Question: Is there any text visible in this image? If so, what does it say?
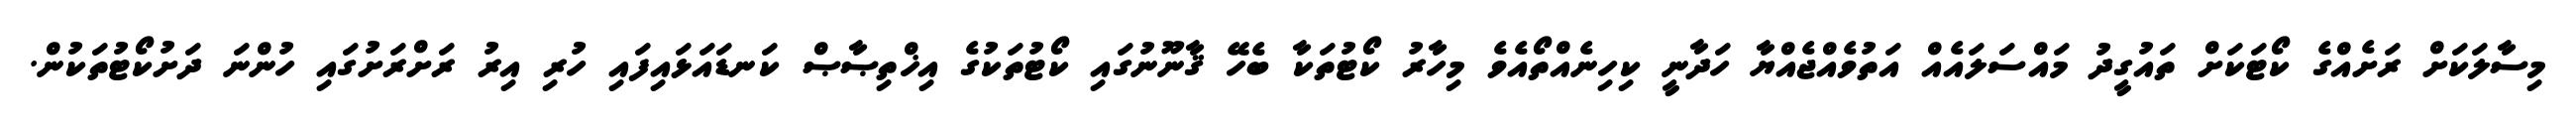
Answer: މިސާލަކަށް ރަށެއްގެ ކޯޓަކަށް ތައުގީދު މައްސަލައެއް އަތުވެއްޖެއްޔާ ހަދާނީ ކިހިނެއްތޯއެވެ މިހާރު ކޯޓުތަކާ ބެހޭ ޤާނޫނުގައި ކޯޓުތަކުގެ އިޚްތިޞާޞް ކަނޑައަޅައިފައި ހުރި އިރު ރަށްރަށުގައި ހުންނަ ދަށުކޯޓުތަކުން.